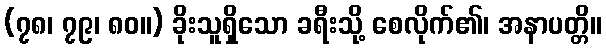
(၇၈၊ ၇၉၊ ၈၀။) ခိုးသူရှိသော ခရီးသို့ စေလိုက်၏၊ အနာပတ္တိ။